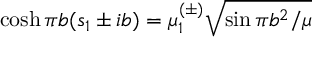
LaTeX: \cosh \pi b ( s _ { 1 } \pm i b ) = \mu _ { 1 } ^ { ( \pm ) } \sqrt { \sin \pi b ^ { 2 } / \mu }